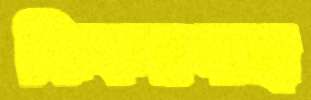
ঝিকরগাছা